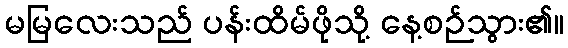
မမြလေးသည် ပန်းထိမ်ဖိုသို့ နေ့စဉ်သွား၏။